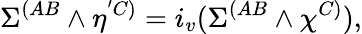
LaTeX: \Sigma^{(AB}\wedge\eta^{'C)}=i_{v}(\Sigma^{(AB}\wedge\chi^{C)}),